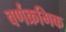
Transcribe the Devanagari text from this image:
वर्णक्रमिक